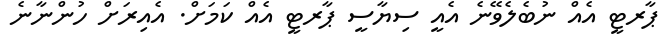
ޕާރޓީ އެއް ނުބެލެވޭނެ އެއީ ސިޔާސީ ޕާރޓީ އެއް ކަަމަށް. އެއިރަށް ހުންނާނެ